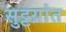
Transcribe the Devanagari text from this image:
सुट्टय़ांत